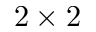
2 \times 2